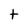
Character: t